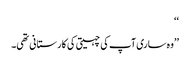
‘‘
’’وہ ساری آپ کی چہیتی کی کارستانی تھی۔